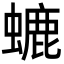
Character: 螰